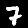
Label: 7